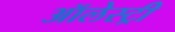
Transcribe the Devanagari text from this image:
ऑलेस्ट्री